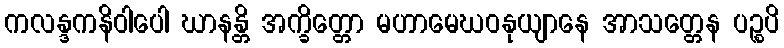
ကလန္ဒကနိဝါပေါ ဃာနန္တိ အက္ခိတ္တော မဟာမေဃဝနုယျာနေ အာသတ္တေန ပဉ္စပိ